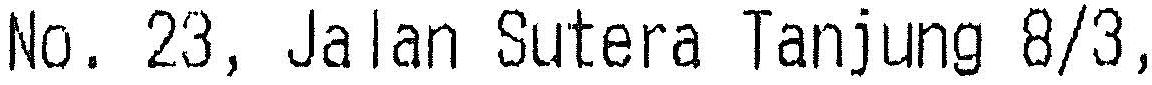
NO. 23, JALAN SUTERA TANJUNG 8/3,